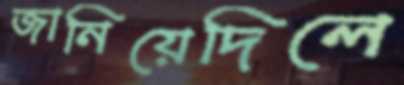
জানিয়েদিলে